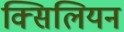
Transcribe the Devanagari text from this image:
क्सिलियन